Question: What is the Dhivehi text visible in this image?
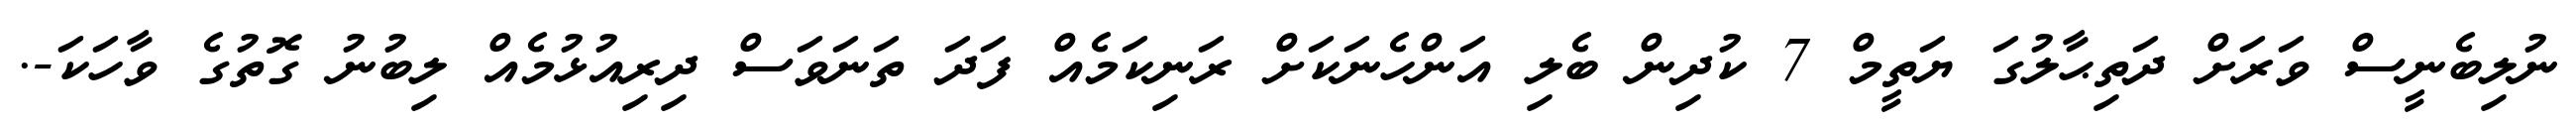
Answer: ނުލިބެނީސް ވަރަށް ދަތިޙާލުގަ ޔަތީމް 7 ކުދިން ބެލި އަންހެނަކަށް ރަނިކަމެއް ފަދަ ތަނަވަސް ދިރިއުޅުމެއް ލިބުނު ގޮތުގެ ވާހަކަ-.